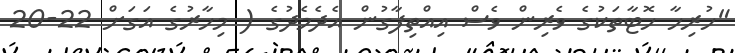
"ހުރިހާ ހޮޓާތަކުގެ ވެރިން ވެސް އިއްތިފާގުން އެދެމެދުގެ ( މިހާރުގެ އަގަށް 22-20